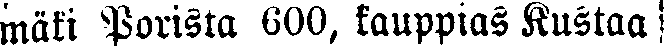
mäki Porista 600, kauppias Kustaa